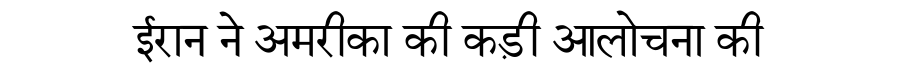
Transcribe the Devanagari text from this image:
ईरान ने अमरीका की कड़ी आलोचना की